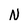
Character: N